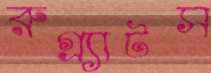
রুগ্র্যাটস